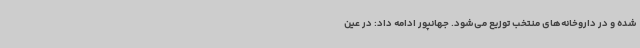
شده و در داروخانه‌های منتخب توزیع می‌شود. جهانپور ادامه داد: در عین